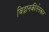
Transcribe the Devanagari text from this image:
विद्वानकीर्तनकार